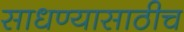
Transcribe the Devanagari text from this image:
साधण्यासाठीच